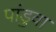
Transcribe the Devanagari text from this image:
पांडुवा